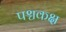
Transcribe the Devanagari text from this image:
पश्चकक्ष